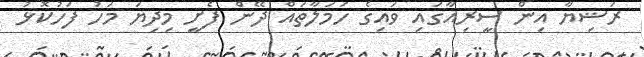
ރަޝިޔާ އިން ސީރިއާގައި ވައިގެ ހަަމަލާތައް ދޭން ފެށީ މިދިޔަ މަހު ފަހުކޮޅު